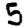
Digit: 5